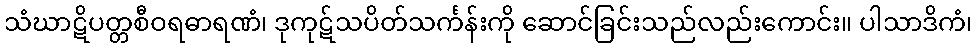
သံဃာဋိပတ္တစီဝရဓာရဏံ၊ ဒုကုဋ်သပိတ်သင်္ကန်းကို ဆောင်ခြင်းသည်လည်းကောင်း။ ပါသာဒိကံ၊